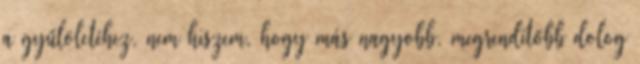
a gyűlöletéhez, nem hiszem, hogy más nagyobb, megrendítőbb dolog